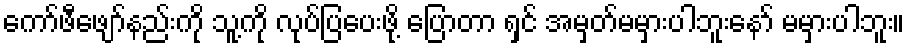
ကော်ဖီဖျော်နည်းကို သူ့ကို လုပ်ပြပေးဖို့ ပြောတာ ရှင် အမှတ်မမှားပါဘူးနော် မမှားပါဘူး။